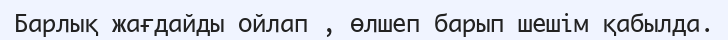
Барлық жағдайды ойлап , өлшеп барып шешім қабылда.